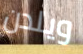
ويلدن